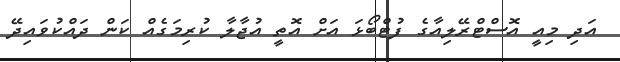
އަދި މިއީ އޮސްޓްރޭލިއާގެ ފުޓްބޯޅަ އަށް އޮތީ އުޖާލާ ކުރިމަގެއް ކަން ދައްކުވައިދޭ